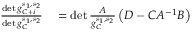
\begin{array} { r l } { \frac { \operatorname* { d e t } g _ { C + i } ^ { s _ { 1 } , s _ { 2 } } } { \operatorname* { d e t } g _ { C } ^ { s _ { 1 } , s _ { 2 } } } } & { { } = \operatorname* { d e t } \frac { A } { g _ { C } ^ { s _ { 1 } , s _ { 2 } } } \left( D - C A ^ { - 1 } B \right) } \end{array}